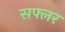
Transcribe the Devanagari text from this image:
सफ्लर